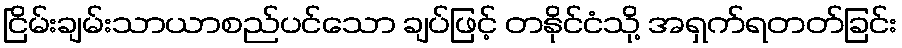
ငြိမ်းချမ်းသာယာစည်ပင်သော ချပ်ဖြင့် တနိုင်ငံသို့ အရှက်ရတတ်ခြင်း